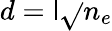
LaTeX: d=\mathsf{l}{\sqrt{}{{n_{e}}}}